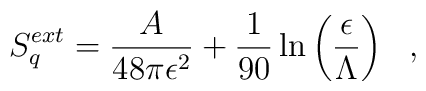
S^{ext}_q={A\over 48\pi\epsilon^2}+{1\over 90}\ln\left(\frac{\epsilon}{\Lambda}\right)~~,